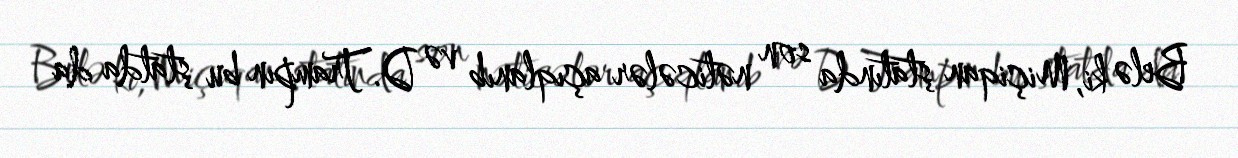
Belə ki, Miçiqan ştatında son nəticələr açıqlanıb və D.Trampın bu ştatda da